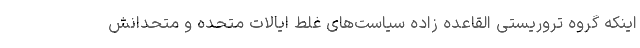
اینکه گروه تروریستی القاعده زاده سیاست‌های غلط ایالات متحده و متحدانش